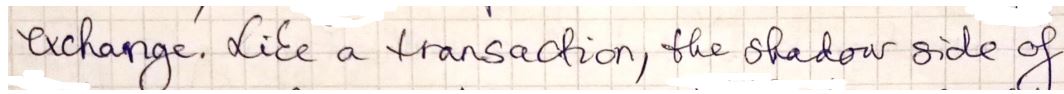
exchange. like a transaction, the shadow side of